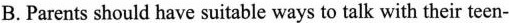
B. Parents should have suitable ways to talk with their teen-